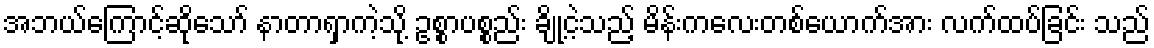
အဘယ်ကြောင့်ဆိုသော် နာတာရှာကဲ့သို့ ဥစ္စာပစ္စည်း ချို့ငဲ့သည့် မိန်းကလေးတစ်ယောက်အား လက်ထပ်ခြင်း သည်